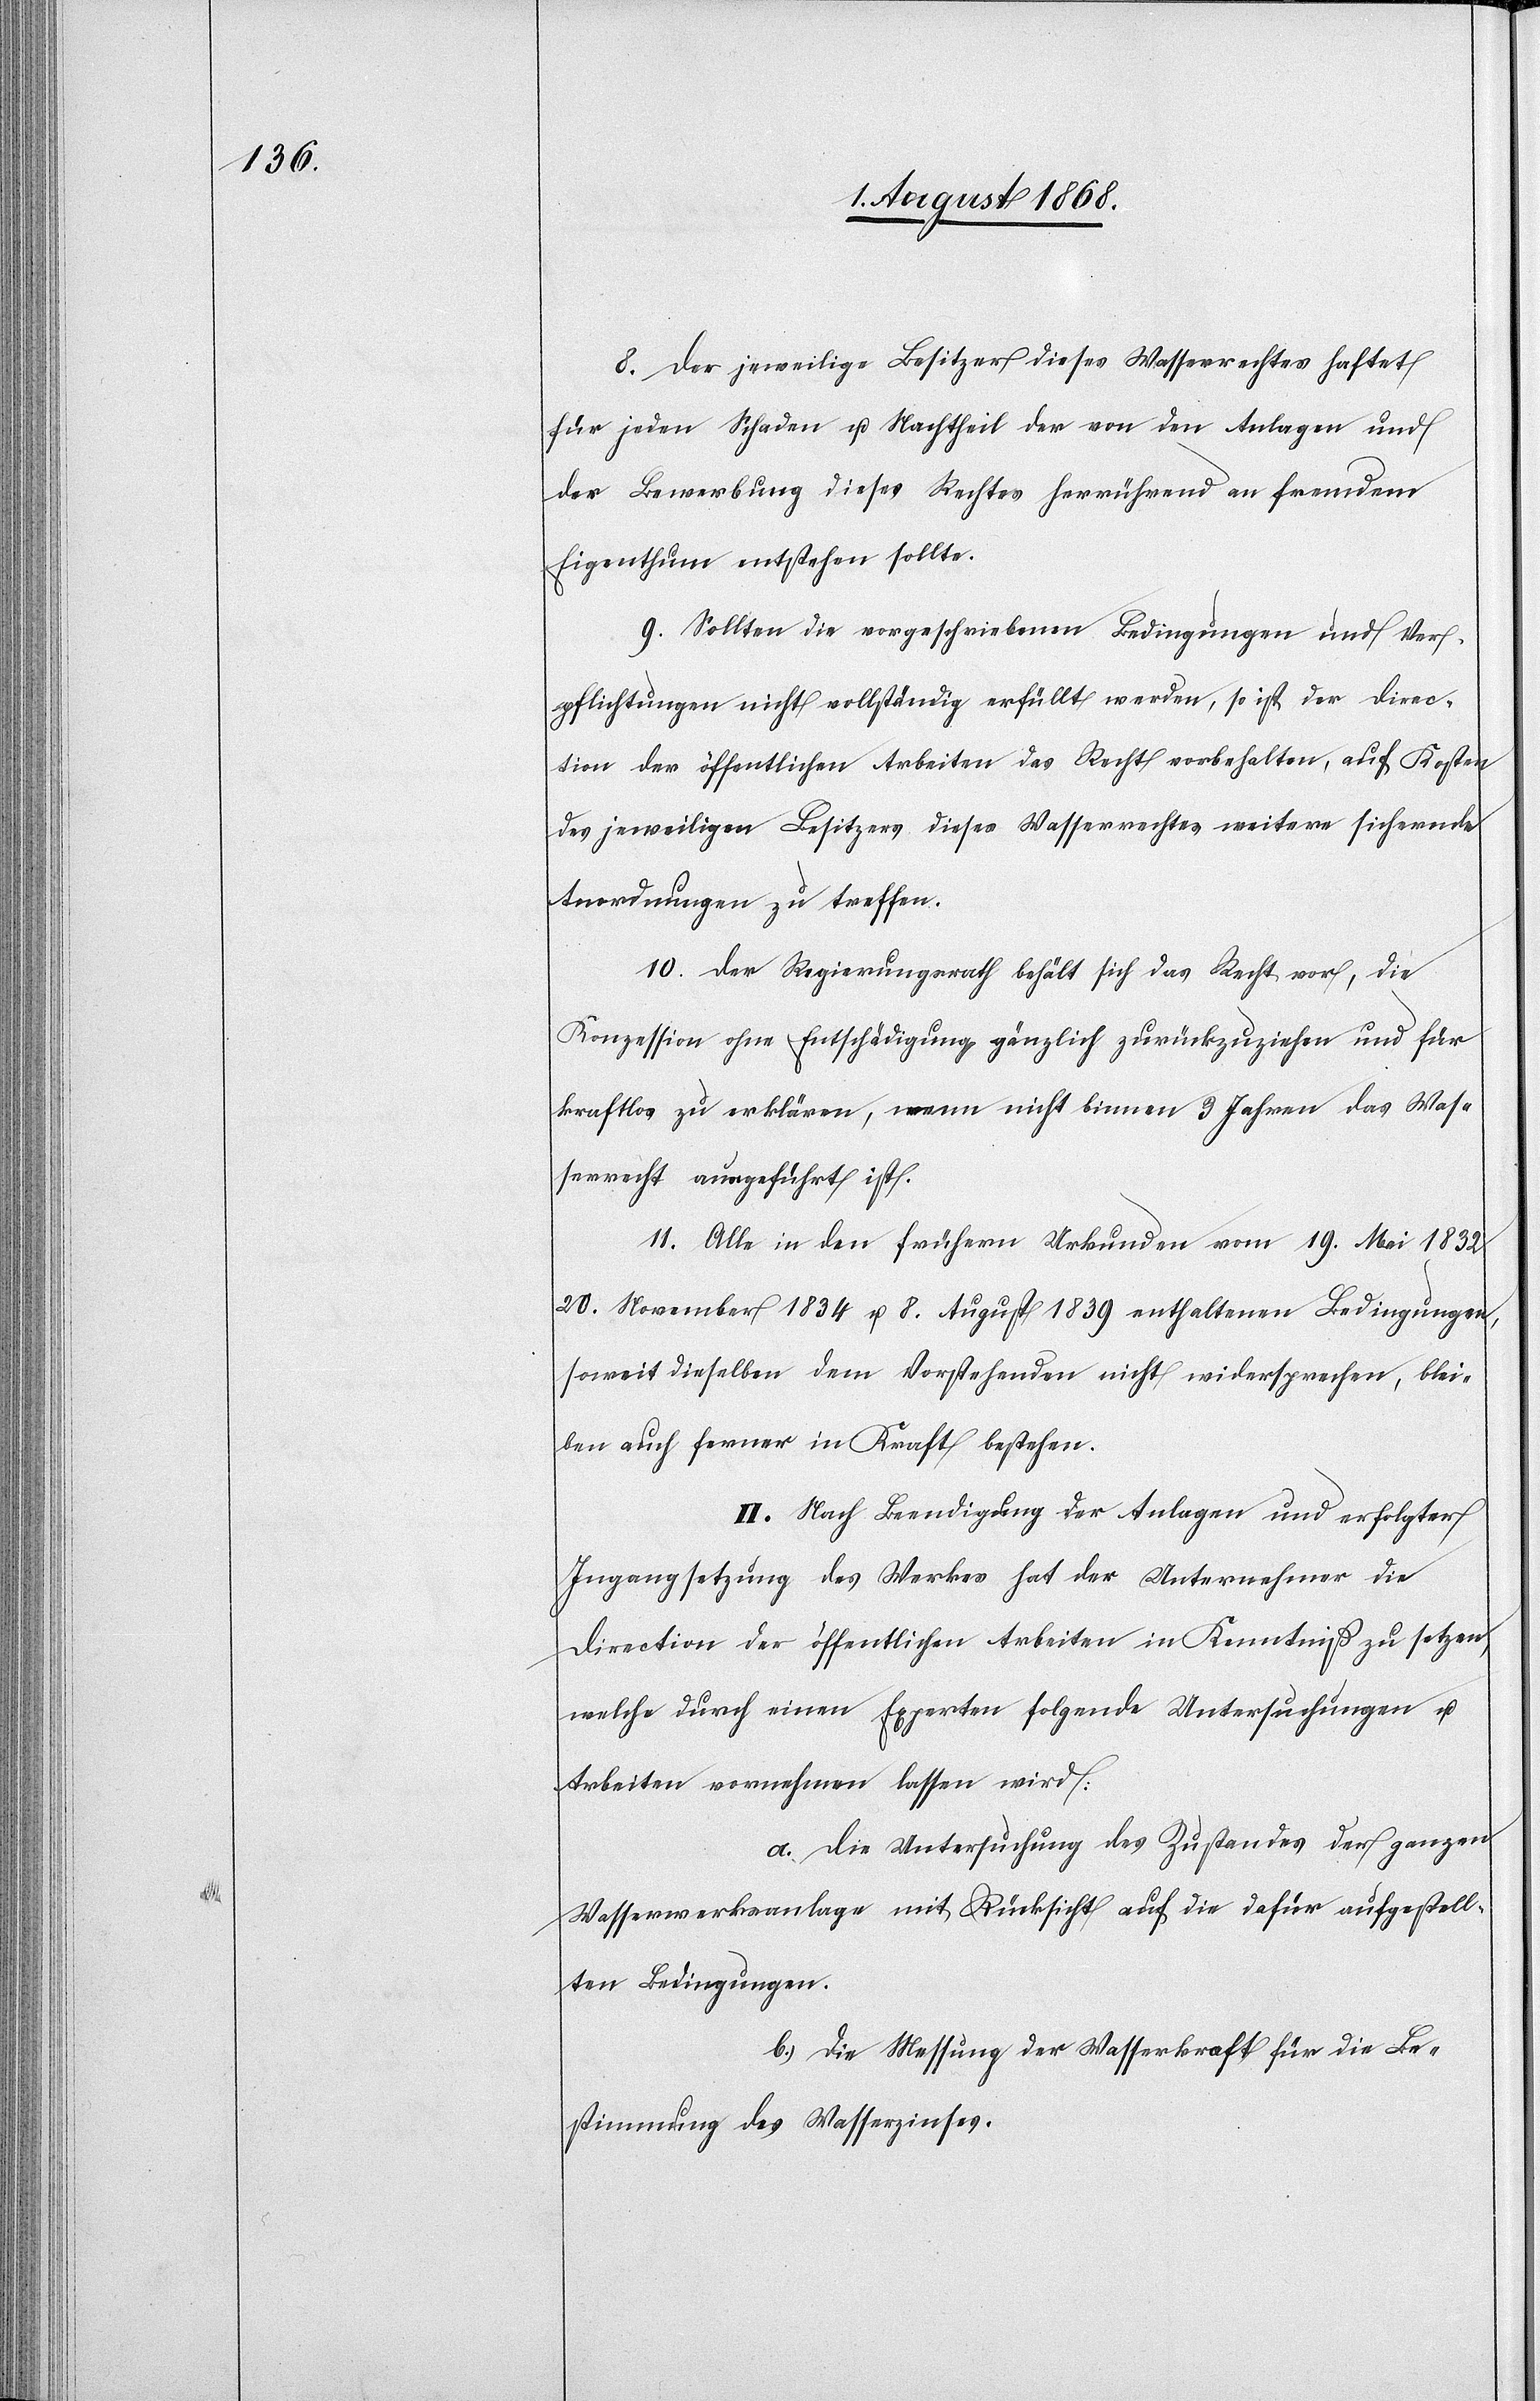
8. Der jeweilige Besitzer dieses Wasserrechtes haftet
für jeden Schaden u. Nachtheil der von den Anlagen und
der Bewerbung dieses Rechtes herrührend an fremdem
Eigenthum entstehen sollte.
9. Sollten die vorgeschriebenen Bedingungen und Ver¬
pflichtungen nicht vollständig erfüllt werden, so ist der Direc¬
tion der öffentlichen Arbeiten das Recht vorbehalten, auf Kosten
des jeweiligen Besitzers dieses Wasserrechtes weitere sichernde
Anordnungen zu treffen.
10. Der Regierungsrath behält sich das Recht vor, die
Konzession ohne Entschädigung gänzlich zurückzuziehen und für
kraftlos zu erklären, wenn nicht binnen 3 Jahren das Wass¬
errecht ausgeführt ist.
11. Alle in den frühern Urkunden vom 19. Mai 1832[,]
20. November 1834 u. 8. August 1839 enthaltenen Bedingungen,
soweit dieselben dem Vorstehenden nicht widersprechen, blei¬
ben auch ferner in Kraft bestehen.
II. Nach Beendigung der Anlagen und erfolgter
Ingangsetzung des Werkes hat der Unternehmer die
Direction der öffentlichen Arbeiten in Kenntniß zu setzen,
welche durch einen Experten folgende Untersuchungen u.
Arbeiten vornehmen lassen wird:
a. Die Untersuchung des Zustandes der ganzen
Wasserwerksanlage mit Rücksicht auf die dafür aufgestell¬
ten Bedingungen.
b. Die Messung der Wasserkraft für die Be¬
stimmung des Wasserzinses.